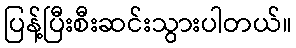
ပြန့်ပြီးစီးဆင်းသွားပါတယ်။